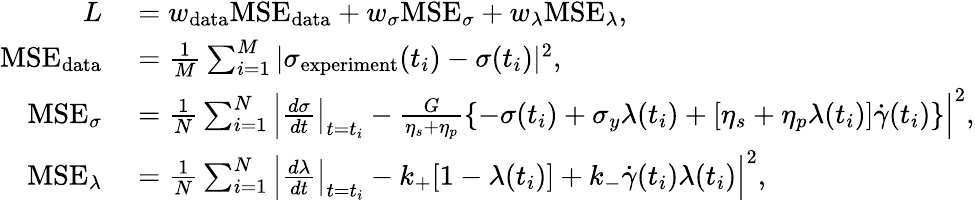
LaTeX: \begin{array}{rl}{L}&{{}=w_{\mathrm{data}}\mathrm{MSE_{\mathrm{data}}}+w_{\sigma}\mathrm{MSE}_{\sigma}+w_{\lambda}\mathrm{MSE}_{\lambda},}\\ {\mathrm{MSE_{\mathrm{data}}}}&{{}=\frac{1}{M}\sum_{i=1}^{M}|\sigma_{\mathrm{experiment}}(t_{i})-\sigma(t_{i})|^{2},}\\ {\mathrm{MSE}_{\sigma}}&{{}=\frac{1}{N}\sum_{i=1}^{N}\left|\left.\frac{d\sigma}{dt}\right|_{t=t_{i}}-\frac{G}{\eta_{s}+\eta_{p}}\left\{ -\sigma(t_{i})+\sigma_{y}\lambda(t_{i})+[\eta_{s}+\eta_{p}\lambda(t_{i})]\dot{\gamma}(t_{i})\right\} \right|^{2},}\\ {\mathrm{MSE}_{\lambda}}&{{}=\frac{1}{N}\sum_{i=1}^{N}\left|\left.\frac{d\lambda}{dt}\right|_{t=t_{i}}-k_{+}[1-\lambda(t_{i})]+k_{-}\dot{\gamma}(t_{i})\lambda(t_{i})\right|^{2},}\end{array}